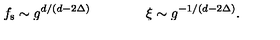
f _ { \mathrm { s } } \sim g ^ { d / ( d - 2 \Delta ) } \qquad \qquad \xi \sim g ^ { - 1 / ( d - 2 \Delta ) } .